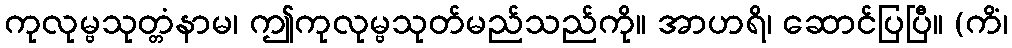
ကုလုမ္ဗသုတ္တံနာမ၊ ဤကုလုမ္ဗသုတ်မည်သည်ကို။ အာဟရိ၊ ဆောင်ပြပြီ။ (ကိံ၊